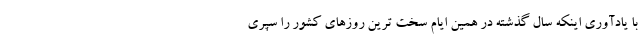
با یادآوری اینکه سال گذشته در همین ایام سخت ترین روزهای کشور را سپری